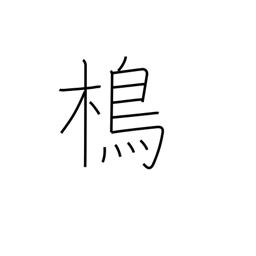
Meaning: type of bird